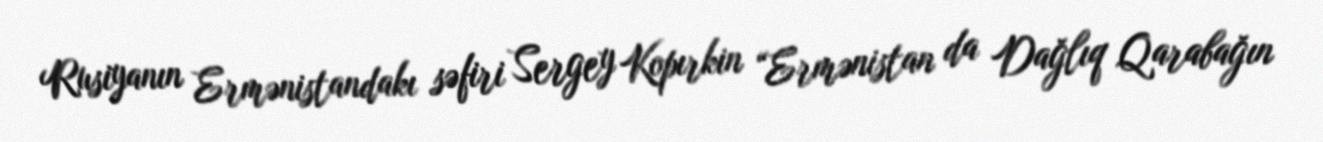
Rusiyanın Ermənistandakı səfiri Sergey Kopırkin “Ermənistan da Dağlıq Qarabağın